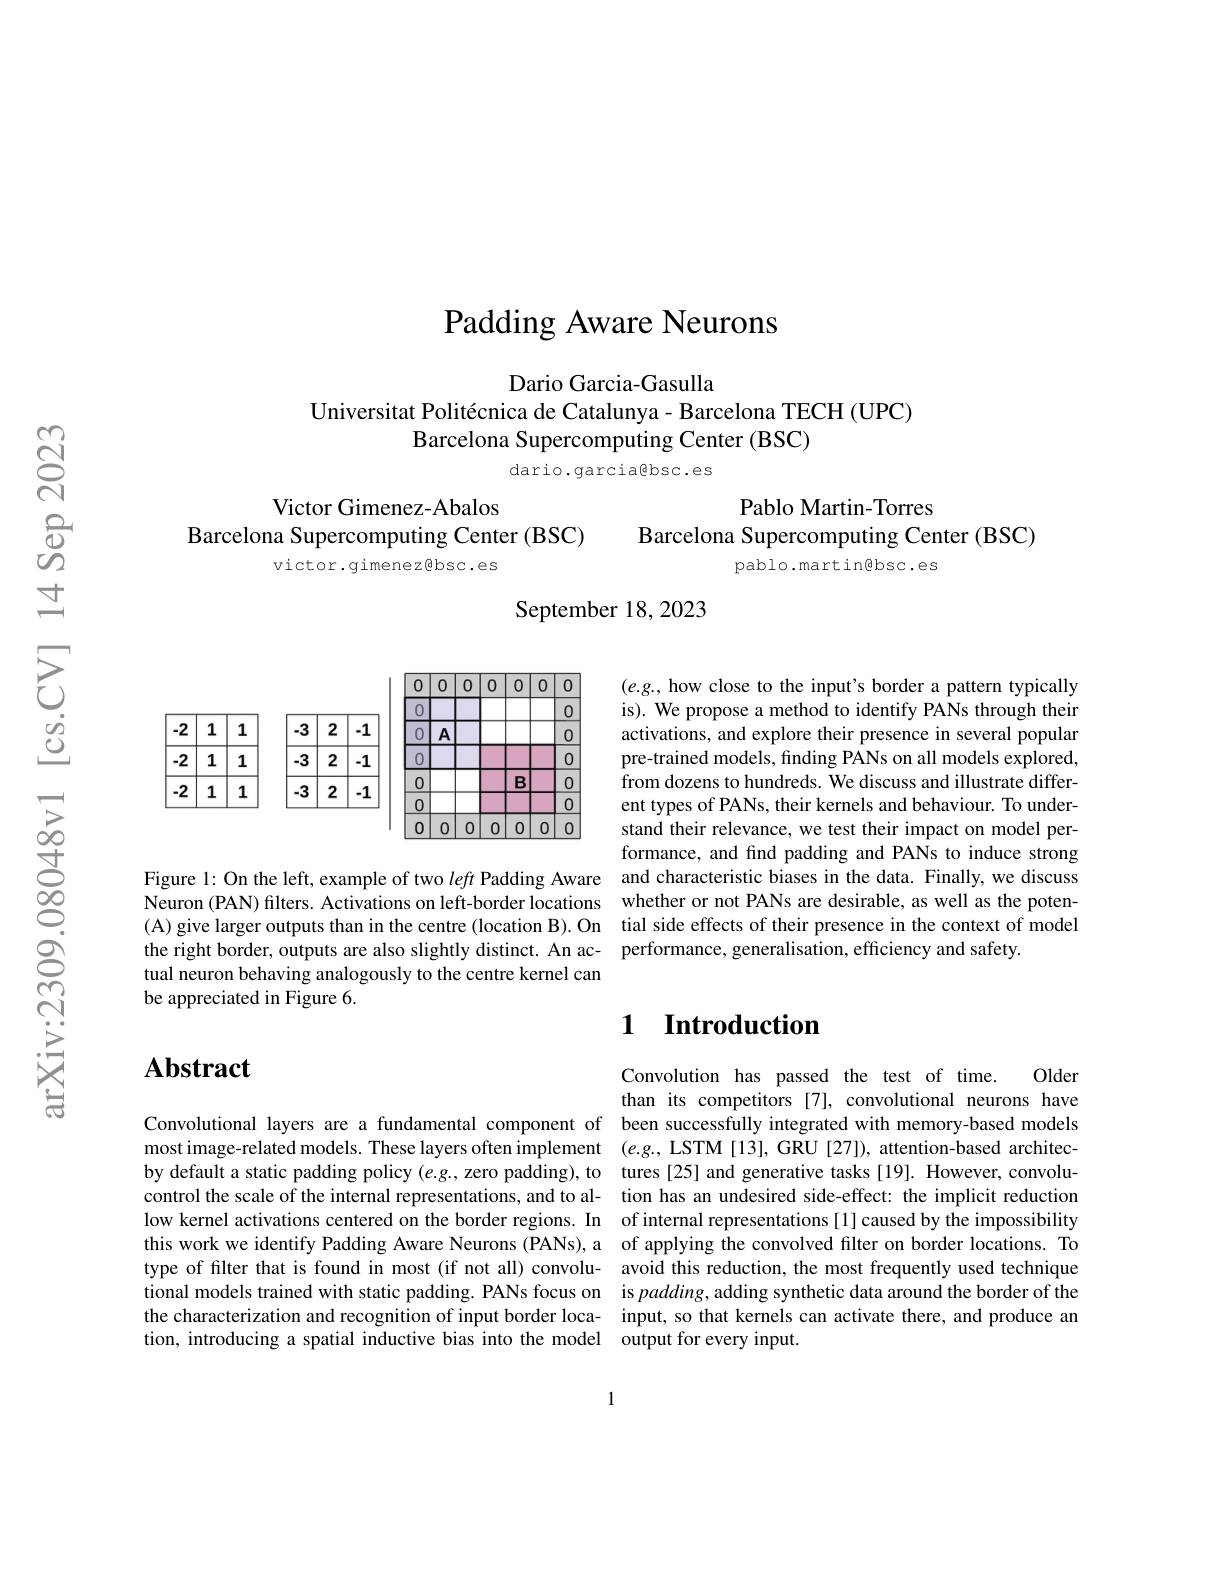
Padding Aware Neurons

Dario Garcia-Gasulla
Universitat Politécnica de Catalunya - Barcelona TECH (UPC)
Barcelona Supercomputing Center (BSC)

dario.garciagbsc.es

Victor Gimenez-Abalos
Pablo Martin-Torres
Barcelona Supercomputing Center (BSC)
Barcelona Supercomputing Center (BSC)
victor.gimenez@bsc.es
pablo.martin@bsc.es

September 18,2023

0101010101010
0
0
$0|A$
00
00
0|0|0|0|0|0|0

$(e.g.$, how close to the input's border a pattern typically is). We propose a method to identify PANs through their activations, and explore their presence in several popular pre-trained models, finding PANs on all models explored, from dozens to hundreds. We discuss and illustrate different types of PANs, their kernels and behaviour. To understand their relevance, we test their impact on model performance, and find padding and PANs to induce strong
Figure l: On the left, example of two left Padding Aware and characteristic biases in the data. Finally, we discuss Neuron (PAN) filters. Activations on left-border locations whether or not PANs are desirable, as well as the poten- (A) give larger outputs than in the centre (location B). On tial side effects of their presence in the context of model the right border, outputs are also slightly distinct. An ac- performance, generalisation, efficiency and safety.

tual neuron behaving analogously to the centre kernel can
be appreciated in Figure 6.

## 1 Introduction

# $\mathbf{Abstract}$

Convolution has passed the test of time. Older than its competitors [7], convolutional neurons have
Convolutional layers are a fundamental component of been successfully integrated with memory-based models most image-related models. These layers often implement (e.g., LSTM [13], GRU [27]), attention-based architecby default a static padding policy $(e.g.$, zero padding), to tures [25] and generative tasks [19]. However, convolucontrol the scale of the internal representations, and to al- tion has an undesired side-effect: the implicit reduction low kernel activations centered on the border regions. In of internal representations [1] caused by the impossibility this work we identify Padding Aware Neurons (PANs), a of applying the convolved filter on border locations. To type of filter that is found in most (if not all) convolu- avoid this reduction, the most frequently used technique tional models trained with static padding. PANs focus on is $padding$,adding synthetic data around the border of the the characterization and recognition of input border loca- input, so that kernels can activate there, and produce an tion, introducing a spatial inductive bias into the model output for every input.